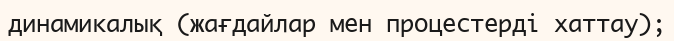
динамикалық (жағдайлар мен процестерді хаттау);